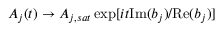
A _ { j } ( t ) \rightarrow A _ { j , s a t } \exp [ i t \mathrm { I m } ( b _ { j } ) / \mathrm { R e } ( b _ { j } ) ]